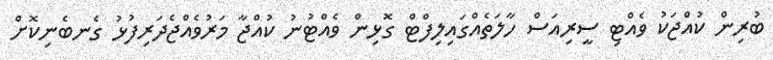
ބުރިން ކުއްޖަކު ވެއްޓި ސީރިއަސް ހާލަތެއްގައިލިފްޓް ގޮޅިން ވެއްޓުނު ކުއްޖާ މަރުވެއްޖެދަރިފުޅު ގެނބެނިކޮށް